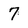
Character: 7